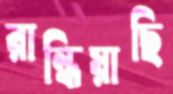
রান্ধিয়াছি